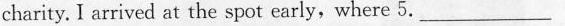
charity. I arrived at the spot early,，where 5. ——